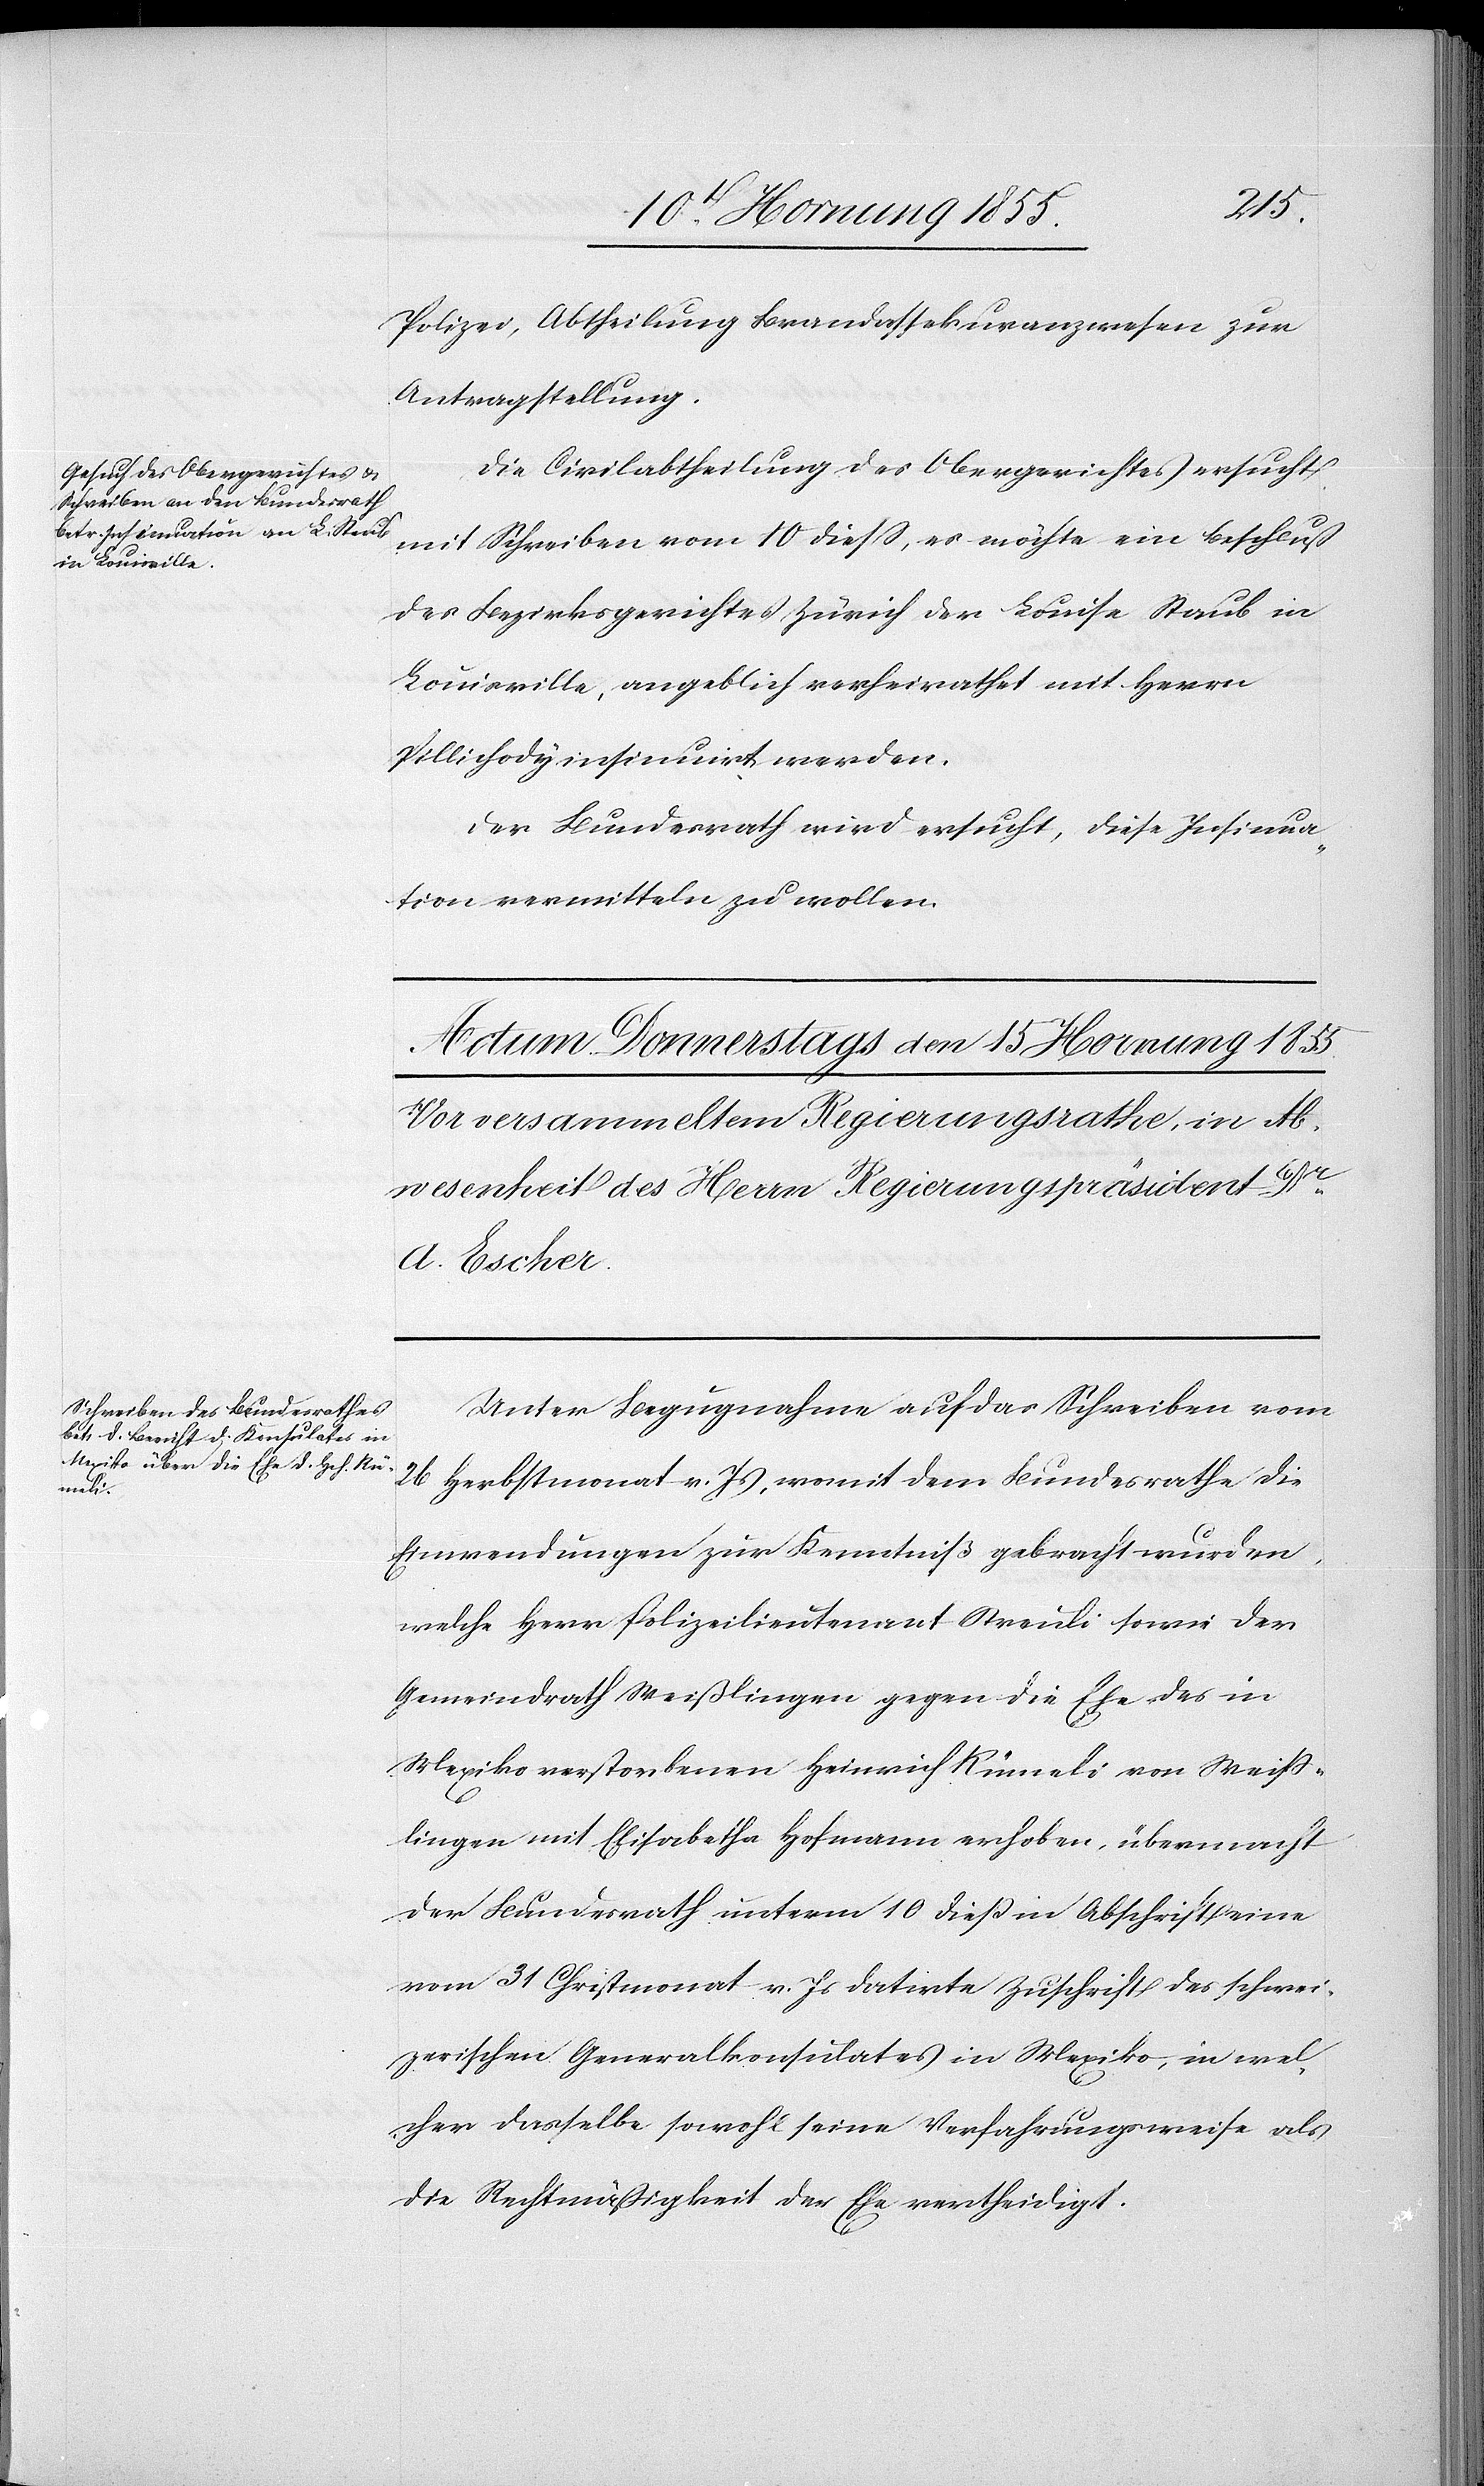
Actum

den
13 Hornung 1855.]
Polizei, Abtheilung Brandassekuranzwesen zur
Antragstellung.
Die Civilabtheilung des Obergerichtes ersucht
mit Schreiben vom 10 dieß, es möchte ein Beschluß
des Bezirksgerichtes Zürich der Louise Staub in
Louisville, angeblich verheirathet mit Herrn
Pillichody insinuirt werden.
Der Bundesrath wird ersucht, diese Insinua¬
tion vermitteln zu wollen.
Unter Bezugnahme auf das Schreiben vom
26 Herbstmonat v. Js, womit dem Bundesrathe die
Einwendungen zur Kenntniß gebracht wurden,
welche Herr Polizeilieutenant Streuli sowie der
Gemeindrath Weißlingen gegen die Ehe des in
Mexiko verstorbenen Heinrich [?R]ümeli von Weiß¬
lingen mit Elisabetha Hofmann erhoben, übermacht
der Bundesrath unterm 10 dieß in Abschrift eine
vom 31 Christmonat v. Js datirte Zuschrift des schwei¬
zerischen Generalkonsulates in Mexiko, in wel¬
cher dasselbe sowohl seine Verfahrungsweise als
die Rechtmässigkeit der Ehe vertheidigt.